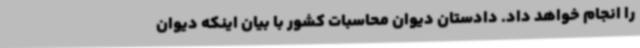
را انجام خواهد داد. دادستان دیوان محاسبات کشور با بیان اینکه دیوان